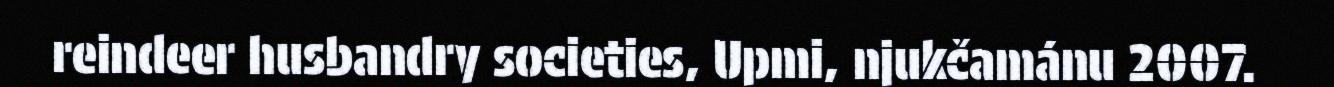
reindeer husbandry societies, Upmi, njukčamánu 2007.